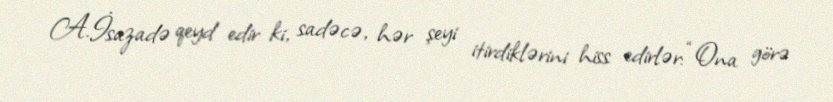
A.İsazadə qeyd edir ki, sadəcə, hər şeyi itirdiklərini hiss edirlər: “Ona görə